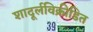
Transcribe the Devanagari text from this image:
शादूर्लविक्रीडित